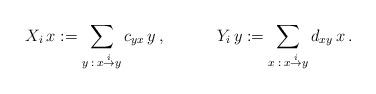
LaTeX: \begin{align*}X_i\, x:=\sum_{y\::\:x\stackrel{i}{\rightarrow}y}c_{yx}\,y\,,\;\;\;\;\;\;\;\;\;\;\;Y_i\, y:=\sum_{x\::\:x\stackrel{i}{\rightarrow}y}d_{xy}\,x\,.\end{align*}